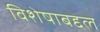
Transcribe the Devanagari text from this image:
विशेषाबद्दल